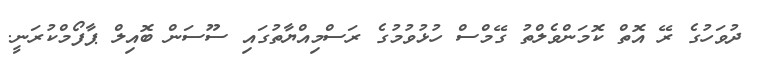
ދުވަހުގެ ރޭ އޮތް ކޮމަންވެލްތު ގޭމްސް ހުޅުވުމުގެ ރަސްމިއްޔާތުގައި ސޫސަން ބޮއިލް ޕާފޯމްކުރަނީ.